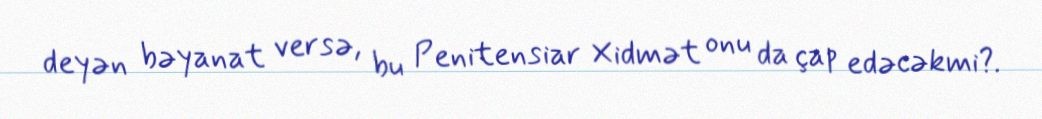
deyən bəyanat versə, bu Penitensiar Xidmət onu da çap edəcəkmi?.